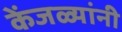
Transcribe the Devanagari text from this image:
केंजळ्यांनी